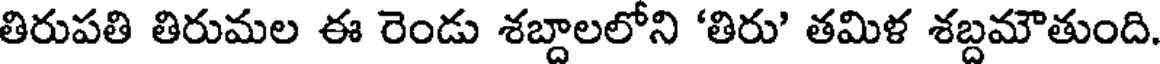
తిరుపతి తిరుమల ఈ రెండు శబ్దాలలోని 'తిరు' తమిళ శబ్దమౌతుంది.